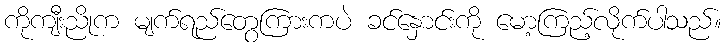
ကိုကျီးညိုက မျက်ရည်တွေကြားကပဲ ခင်နှောင်းကို မော့ကြည့်လိုက်ပါသည်။